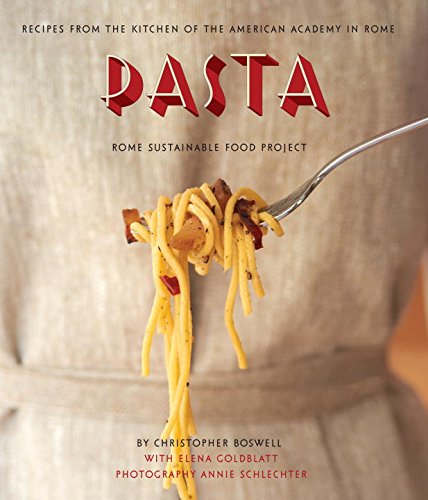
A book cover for Pasta: Recipes from the Kitchen of the American Academy in Rome, Rome Sustainable Food Project; Christopher Boswell; Cookbooks, Food & Wine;